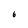
Character: 6